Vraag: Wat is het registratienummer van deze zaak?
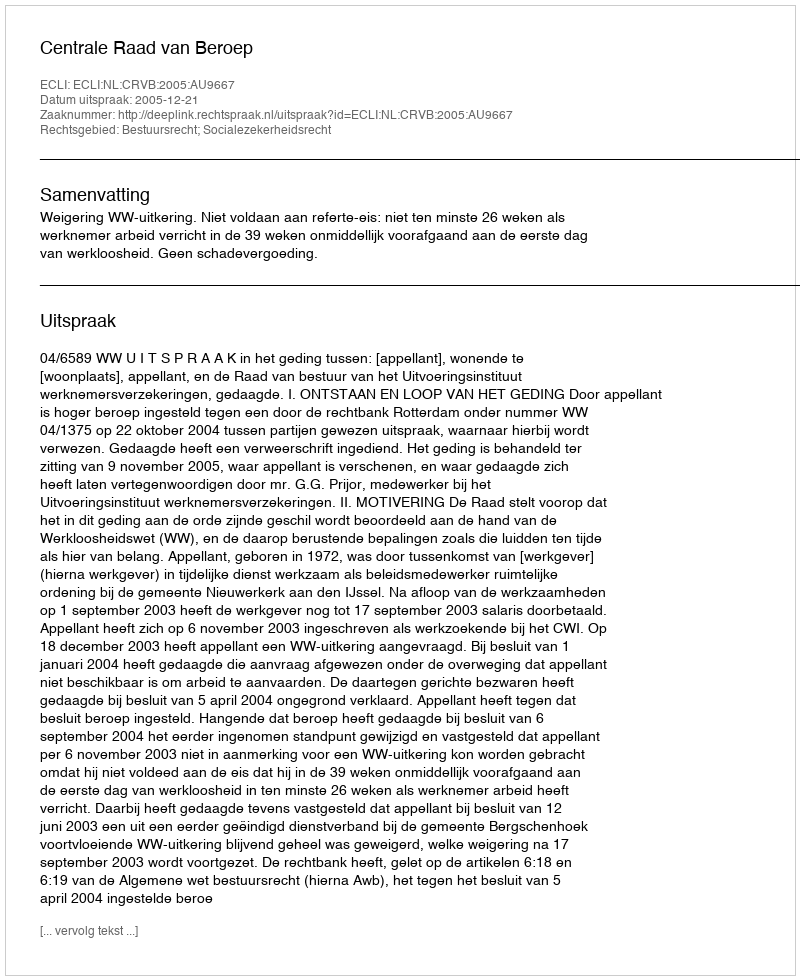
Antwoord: http://deeplink.rechtspraak.nl/uitspraak?id=ECLI:NL:CRVB:2005:AU9667